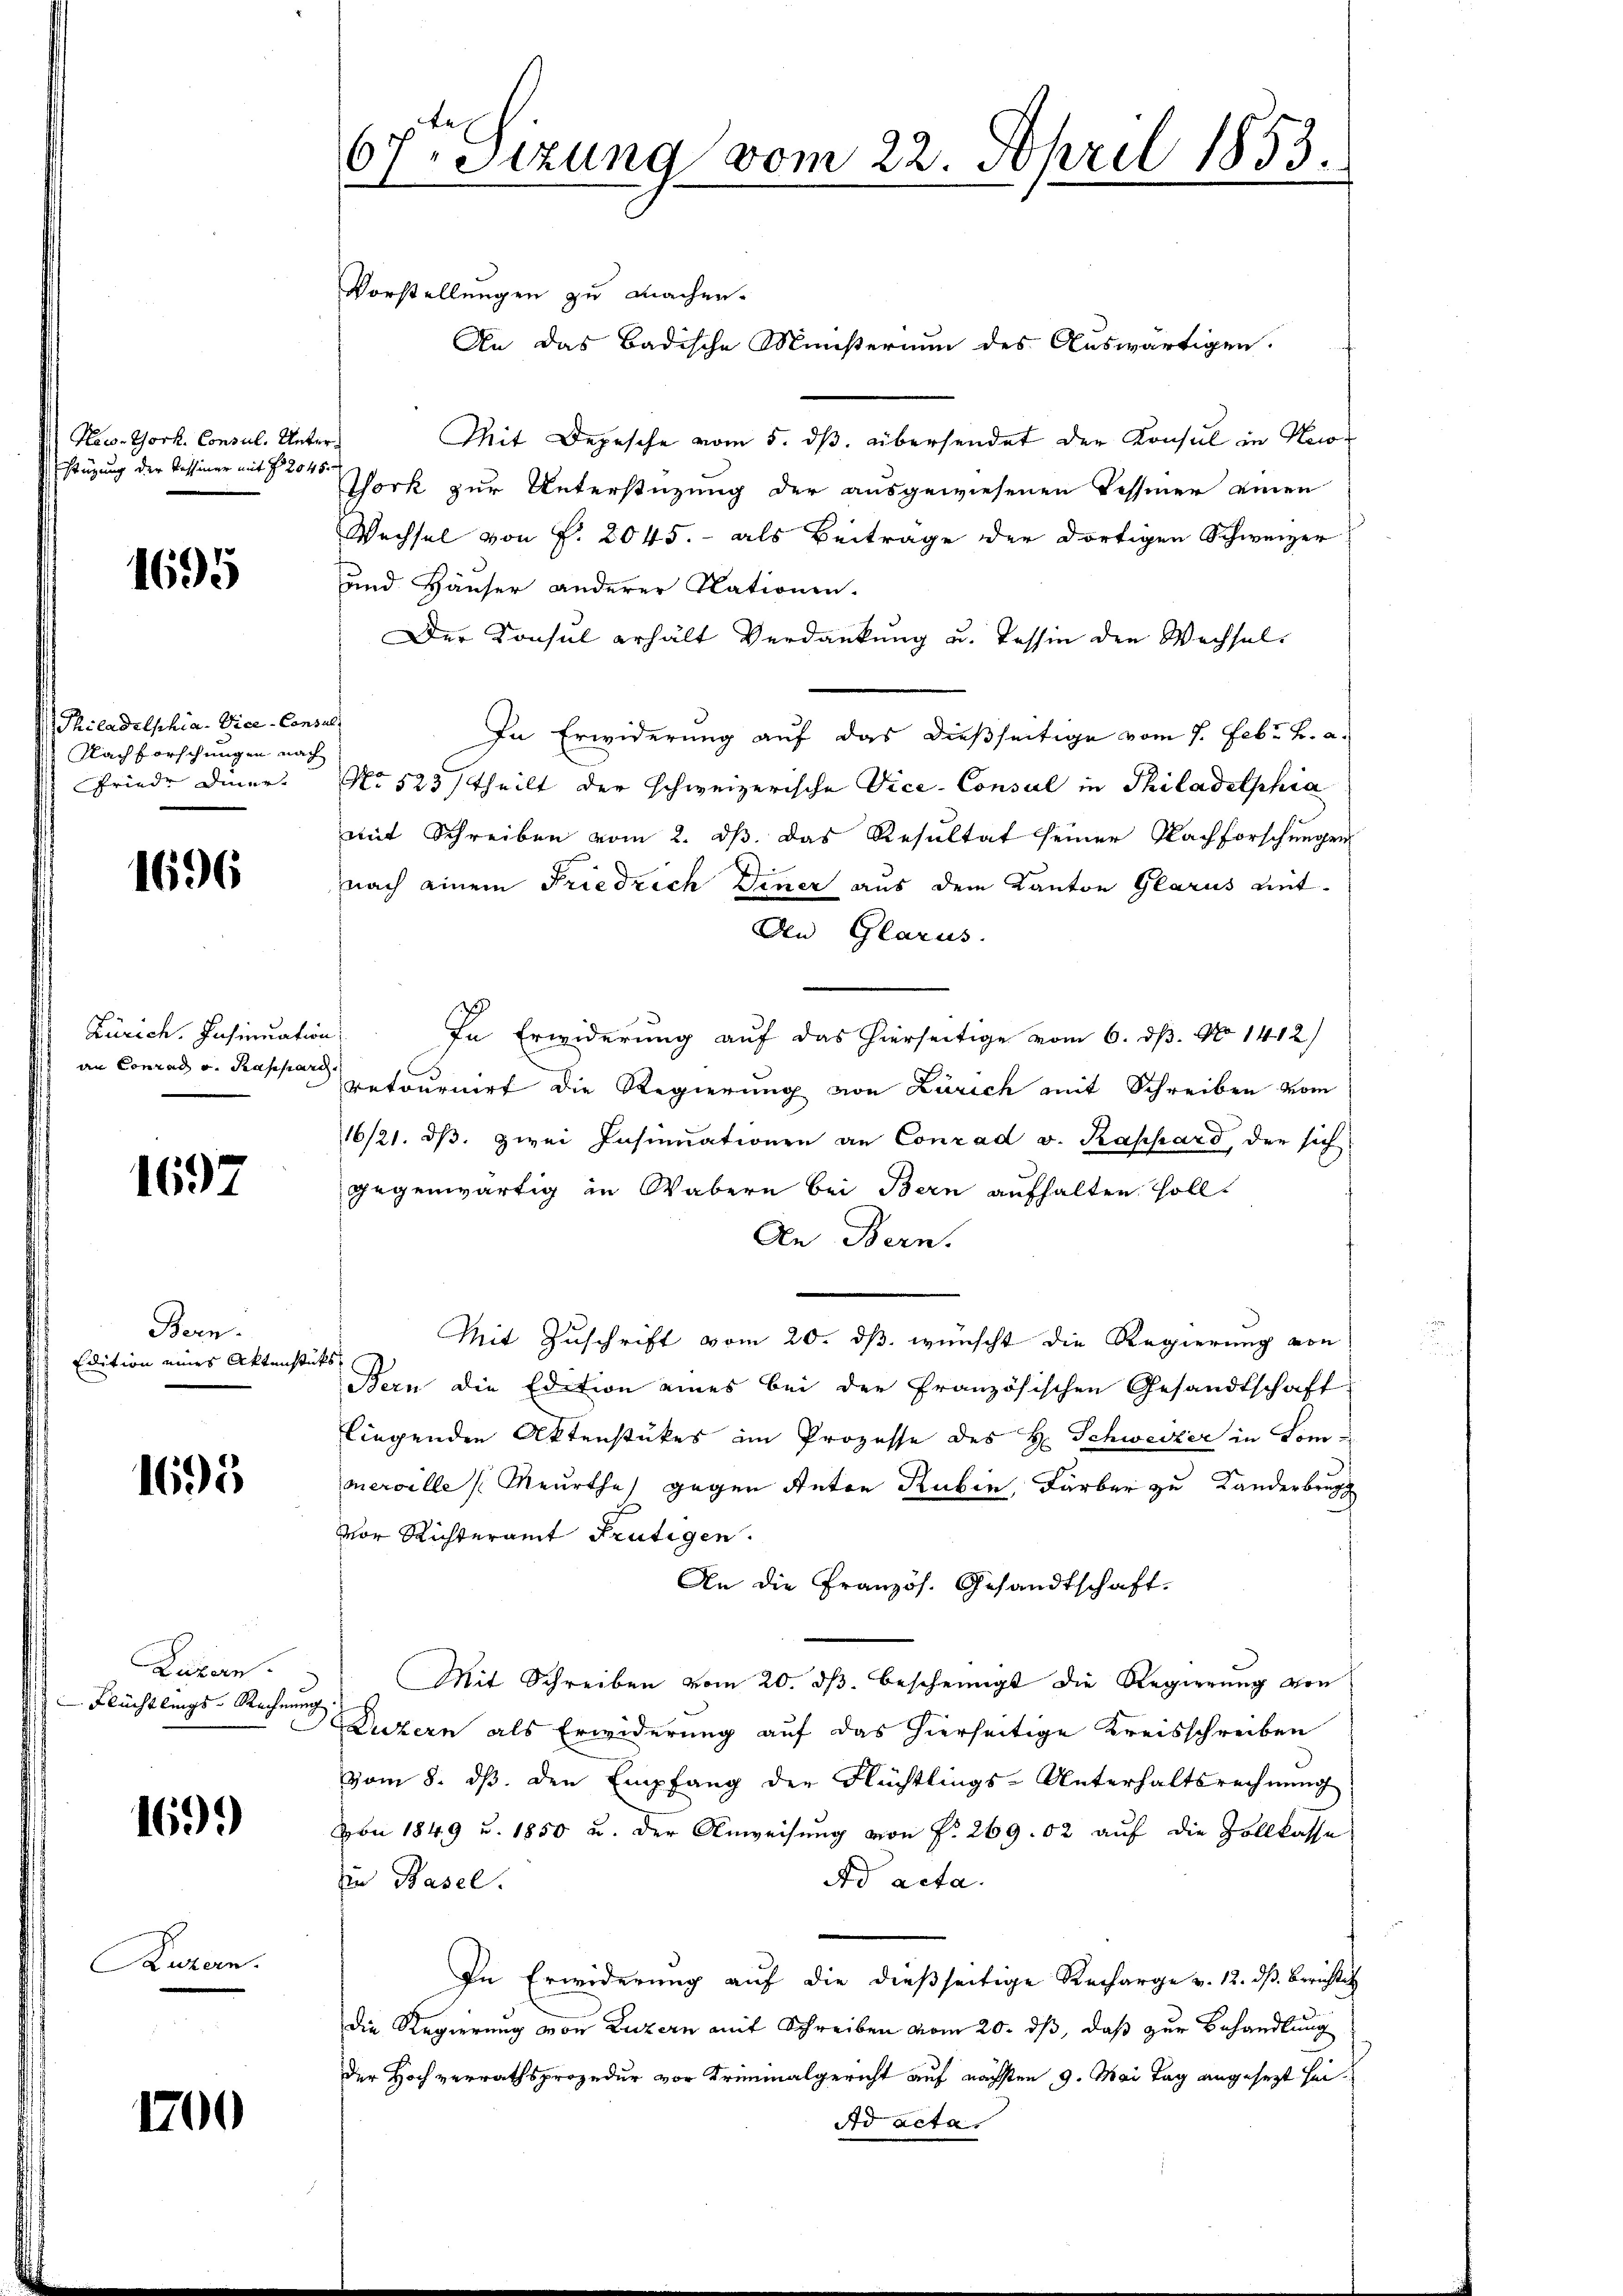
How-York, Consul. Unterstüzung der Tessiner mit § 2045.

1695

Philadelschia. Vice- Con¬
Nachforschungen nach
Friede Diner

1696

Zürich. Insinuatio
an Conrad v. Rappard.

1697

Bern.
Edition eines Aktenste

1695

Luzern.
Flüchtlings-Rechnung

1699

Ruzern.

1700

67 Sizung vom 22. April 1853.

Vorstellungen zu machen-
An das Badische Ministerium des Auswärtigen.
Mit Depesche vom 5. dβ übersendet der Konsul in Ker¬
Thork zur Unterstüzung der ausgewiesenen Tessiner einen
Wechsel von P. 2045. - als Beiträge der dortigen Schweizer
und. Häuser anderer Nationen.
Der Konsul erhält Verdankung u. Tessin den Wechsela
In Erwiderung auf das dießseitige vom 7. Febr. v. a.
No 523 / theilt der schweizerische Vice-Consul in Philadelphia
mit Schreiben vom 2. ds. das Resultat seiner Nachforschungen
nach einem Friedrich Diner aus dem Kanton Glarus mit
Den Glarus.
uf
In Erwiderung auf das hierseitige vom 6. dß. No 1412
retournirt die Regierung von Zürich mit Schreiben vom
16/21. dβ, zwei Insinuationen an Conrad v. Kappard, der sich
gegenwärtig in Wabern bei Bern aufhalten soll.
Den Bern.
Mit Zuschrift vom 20. ds wünscht die Regierung von
25.
Bern die Edition eines bei der französischen Gesandtschaft
liegenden Aktenstükes im Prozesse des H. Schweizer in Sommercelle (Meurthe gegen Anton Rubin, Färber zu Landerbrug
vor Richteramt Frutigen.
An die Französ. Gesandtschaft.
Mit Schreiben vom 20. ds. bescheinigt die Regierung von
Dickern als Erwiderung auf das hierseitige Kreisschreiben
vom 8. ds. den Empfang der Flüchtlings-Unterhaltsrechnung
von 1849 u. 1850 u. der Anweisung von No. 269. 02 auf die Vollkasse
Ad acta.
in Basel.
In Erwiderung auf die dießseitige Recharge v. 12. dß. Berichtes
die Regierung von Luzern mit Schreiben vom 20. ds, daß zur Behandlung
der Hochverrathsprozedur vor Kriminalgericht auf nächsten 9. Mai Tag angesezt sei.
Ad acta.